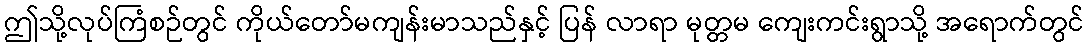
ဤသို့လုပ်ကြံစဉ်တွင် ကိုယ်တော်မကျန်းမာသည်နှင့် ပြန် လာရာ မုတ္တမ ကျေးကင်းရွာသို့ အရောက်တွင်